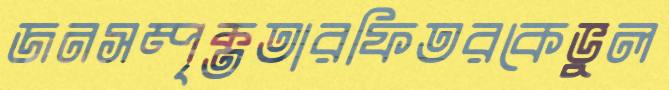
জনসম্পৃক্ততারফিতরকেভুল